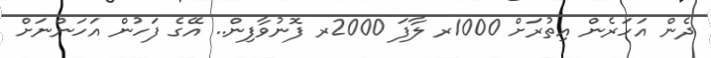
ދެން އަހަރެން އިތުރަށް 1000ރ ލާފަ 2000ރ ފޮނުވާފިން.. އޭގެ ފަހުން އަހަންނަށް